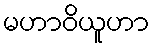
မဟာဝိယူဟာ